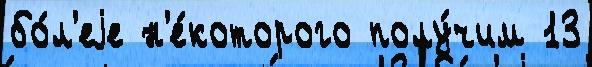
бо́л'еjе н'е́которого полу́чим 13